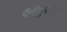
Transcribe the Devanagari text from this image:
पैनीकुलैटा।